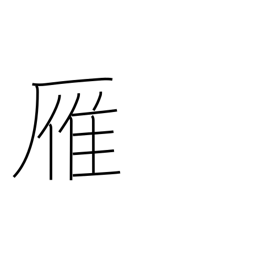
Meaning: wild goose